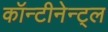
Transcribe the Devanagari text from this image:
कॉन्टीनेन्ट्ल